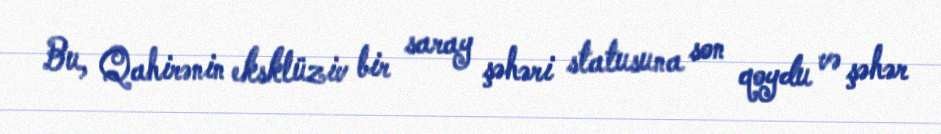
Bu, Qahirənin eksklüziv bir saray şəhəri statusuna son qoydu və şəhər